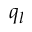
q _ { l }